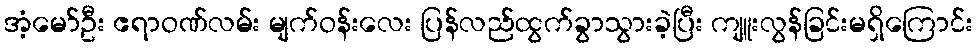
အံ့မော်ဦး ဧရာဝဏ်လမ်း မျက်ဝန်းလေး ပြန်လည်ထွက်ခွာသွားခဲ့ပြီး ကျူးလွန်ခြင်းမရှိကြောင်း